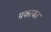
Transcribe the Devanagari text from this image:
पकाका